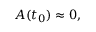
A ( t _ { 0 } ) \approx 0 ,